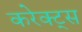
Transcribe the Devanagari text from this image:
करेक्ट्स